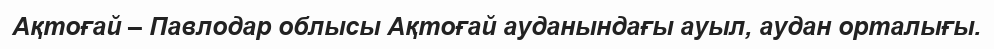
Ақтоғай – Павлодар облысы Ақтоғай ауданындағы ауыл, аудан орталығы.